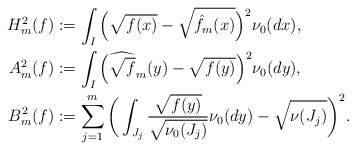
\begin{align*} H_m^2(f)&:= \int_I\Big(\sqrt{f(x)}-\sqrt{\hat f_m(x)}\Big)^2 \nu_0(dx),\\ A_m^2(f)&:= \int_I\Big(\widehat{\sqrt {f}}_m(y)-\sqrt{f(y)}\Big)^2\nu_0(dy),\\ B_m^2(f)&:= \sum_{j=1}^m\bigg(\int_{J_j}\frac{\sqrt{f(y)}}{\sqrt{\nu_0(J_j)}}\nu_0(dy)-\sqrt{\nu(J_j)}\bigg)^2. \end{align*}